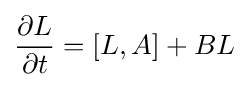
{\frac {\partial L}{\partial t}}=[L,A]+BL